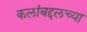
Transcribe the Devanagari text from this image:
कलांबद्दलच्या